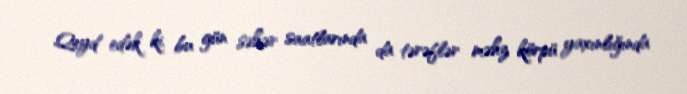
Qeyd edək ki, bu gün səhər saatlarında da tərəflər məhz körpü yaxınlığında